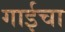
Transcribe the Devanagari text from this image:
गाईचा